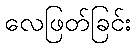
လေဖြတ်ခြင်း